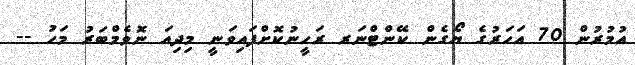
އުމުރުން 70 އަހަރުގެ ޔޯގެން ކޭންޓްނަރ ރަހީނުކޮށްފައިވަނީ މިދިއަ ނޮވެމްބަރު މަހު --